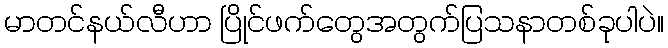
မာတင်နယ်လီဟာ ပြိုင်ဖက်တွေအတွက်ပြသနာတစ်ခုပါပဲ။